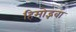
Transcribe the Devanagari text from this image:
हिमोद्भवा